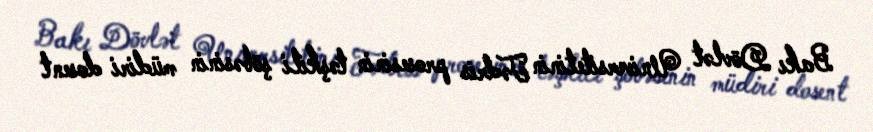
Bakı Dövlət Universitetinin Tədris prosesinin təşkili şöbəsinin müdiri dosent